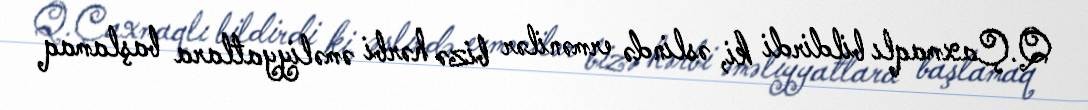
Q.Çaxmaqlı bildirdi ki, əslində ermənilər bizə hərbi əməliyyatlara başlamaq